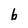
Character: b